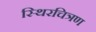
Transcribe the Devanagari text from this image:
स्थिरचित्रण